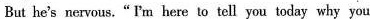
But he's nervous. “ I'm here to tell you today why you